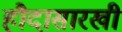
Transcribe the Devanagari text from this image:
हौदासारखी